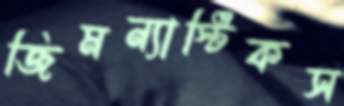
জিমন্যাস্টিকস